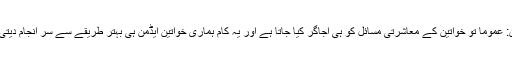
ایڈمن: عموما تو خواتین کے معاشرتی مسائل کو ہی اجاگر کیا جاتا ہے اور یہ کام ہماری خواتین ایڈمن ہی بہتر طریقے سے سر انجام دیتی ہیں۔